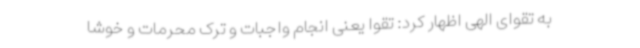
به تقوای الهی اظهار کرد: تقوا یعنی انجام واجبات و ترک محرمات و خوشا